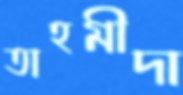
তাহমীদা